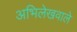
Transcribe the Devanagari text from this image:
अभिलेखवाले